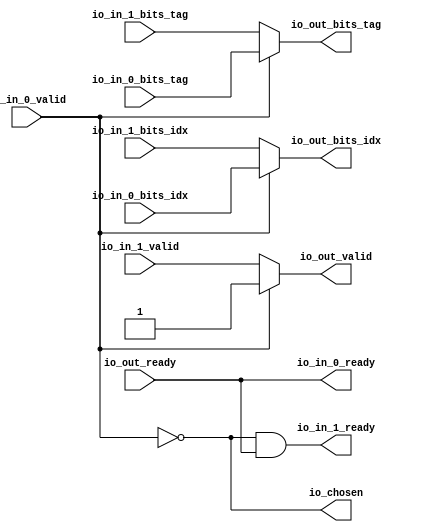
// This program was cloned from: https://github.com/NYU-MLDA/OpenABC
// License: BSD 3-Clause "New" or "Revised" License

module Arbiter_7
(
  io_in_1_ready,
  io_in_1_valid,
  io_in_1_bits_idx,
  io_in_1_bits_tag,
  io_in_0_ready,
  io_in_0_valid,
  io_in_0_bits_idx,
  io_in_0_bits_tag,
  io_out_ready,
  io_out_valid,
  io_out_bits_idx,
  io_out_bits_tag,
  io_chosen
);

  input [5:0] io_in_1_bits_idx;
  input [19:0] io_in_1_bits_tag;
  input [5:0] io_in_0_bits_idx;
  input [19:0] io_in_0_bits_tag;
  output [5:0] io_out_bits_idx;
  output [19:0] io_out_bits_tag;
  input io_in_1_valid;
  input io_in_0_valid;
  input io_out_ready;
  output io_in_1_ready;
  output io_in_0_ready;
  output io_out_valid;
  output io_chosen;
  wire [5:0] io_out_bits_idx;
  wire [19:0] io_out_bits_tag;
  wire io_in_1_ready,io_in_0_ready,io_out_valid,io_chosen,N0,N1,io_out_ready,T5;
  assign io_in_0_ready = io_out_ready;
  assign io_chosen = ~io_in_0_valid;
  assign io_out_bits_tag = (N0)? io_in_1_bits_tag : 
                           (N1)? io_in_0_bits_tag : 1'b0;
  assign N0 = io_chosen;
  assign N1 = io_in_0_valid;
  assign io_out_bits_idx = (N0)? io_in_1_bits_idx : 
                           (N1)? io_in_0_bits_idx : 1'b0;
  assign io_out_valid = (N0)? io_in_1_valid : 
                        (N1)? io_in_0_valid : 1'b0;
  assign io_in_1_ready = T5 & io_out_ready;
  assign T5 = ~io_in_0_valid;

endmodule